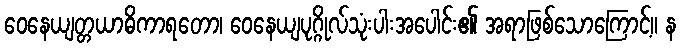
ဝေနေယျတ္တယာဓိကာရတော၊ ဝေနေယျပုဂ္ဂိုလ်သုံးပါးအပေါင်း၏ အရာဖြစ်သောကြောင့်။ န